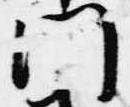
門